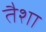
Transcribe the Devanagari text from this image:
तैशा